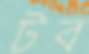
টব